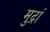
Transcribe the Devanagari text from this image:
मुद्रां